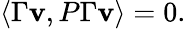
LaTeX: \langle\Gamma\mathbf{v},P\Gamma\mathbf{v}\rangle=0.